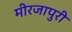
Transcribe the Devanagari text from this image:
मीरजापुरी